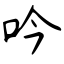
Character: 吟